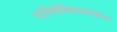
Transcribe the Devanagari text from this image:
पारितोषिकासंबंधीचा